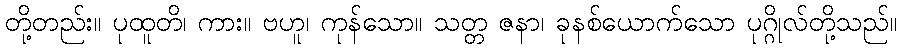
တို့တည်း။ ပုထူတိ၊ ကား။ ဗဟူ၊ ကုန်သော။ သတ္တ ဇနာ၊ ခုနစ်ယောက်သော ပုဂ္ဂိုလ်တို့သည်။